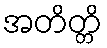
အတိတ္တိ